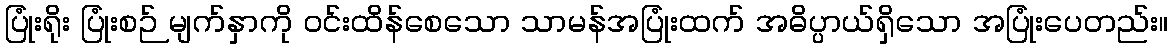
ပြုံးရိုး ပြုံးစဉ် မျက်နှာကို ဝင်းထိန်စေသော သာမန်အပြုံးထက် အဓိပ္ပာယ်ရှိသော အပြုံးပေတည်း။